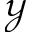
\mathcal { Y }